Annual report on the health of the army in India
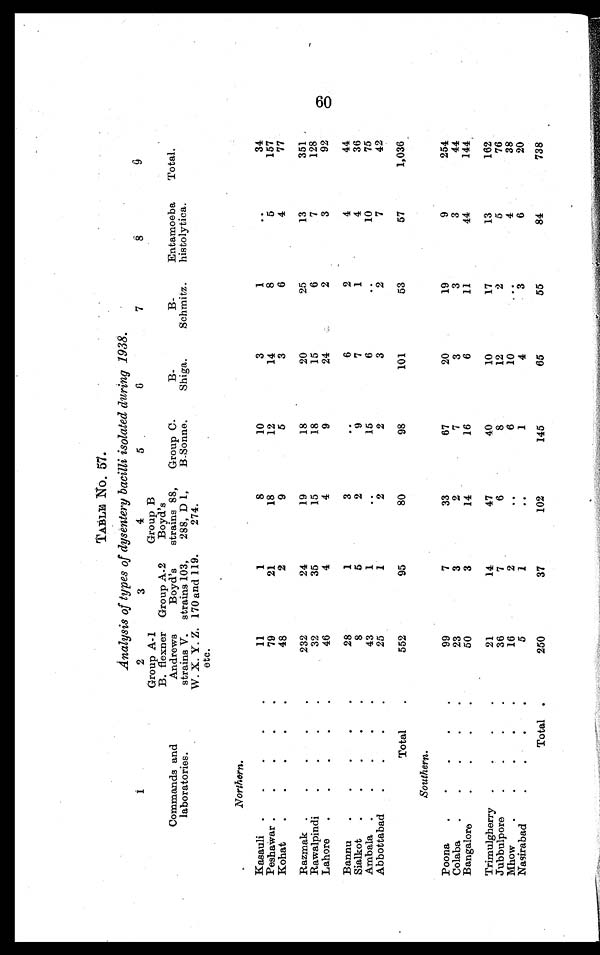
TABLE No. 57.
Analysis of types of dysentery bacilli isolated during 1938.
1
Commands and
l a b o r a t o r i e s .
2
Group A-1
B. flexner
Andrews
strains V.
W. X. Y. Z.
etc.
3
Group A-2
Boyd's
strains 103,
170 and 119.
4
Group B
Boyd's
strains 88,
288, D 1,
274.
5
Group C.
B-Sonne.
6
B -
Shiga.
7
B-
Schmitz.
8
Entamoeba
histolytica.
9
Total.
Northern.
Kasauli . . .
11
1
8
10
3
1
. . .
34
157
79
21
18
12
14
8
5
Peshawar . . .
77
Kohat . . .
48
2
9
5
3
6
4
Razmak . . .
232
24
19
18
20
25
13
351
128
35
15
18
15
6
7
Rawalpindi . . .
32
92
Lahore . . .
46
4
4
9
24
2
3
Bannu . . .
28
1
3
. . .
6
2
4
44
7
1
4
36
8
5
2
9
Sialkot . . .
75
6
10
15
. . .
Ambala . . .
43
1
. . .
42
7
25
1
2
2
3
2
Abbottabad . . .
Total . . .
552
95
80
98
101
53
57
1,036
Southern.
Poona . . .
99
7
33
67
20
19
9
254
3
44
Colaba . . .
23
3
2
7
3
3
44
144
Bangalore . . .
50
3
14
16
6
11
Trimulgherry . . .
21
14
47
40
10
17
13
162
76
5
12
2
36
7
6
8
Jubbulpore . . .
4
38
6
10
16
2
. . .
. . .
Mhow . . .
20
6
Nasirabad . . .
5
1
. . .
1
4
3
Total . . .
250
37
102
145
65
55
84
738
60